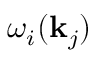
\omega _ { i } ( \mathbf { k } _ { j } )